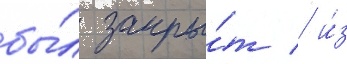
бы́л закры́т / и́з